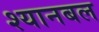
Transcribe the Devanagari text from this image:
श्यानबल